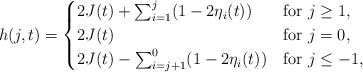
LaTeX: \begin{align*}h(j,t)= \begin{cases} 2J(t) +\sum^j_{i=1}(1-2\eta_i(t)) & \textrm{for }j\geq 1,\\ 2J(t) & \textrm{for }j=0,\\ 2J(t) -\sum^0_{i=j+1}(1-2\eta_i(t)) & \textrm{for }j\leq -1, \end{cases}\end{align*}